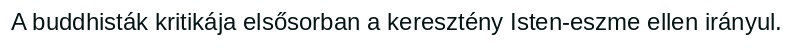
A buddhisták kritikája elsősorban a keresztény Isten-eszme ellen irányul.